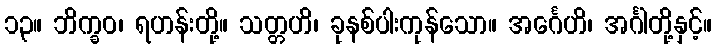
၁၃။ ဘိက္ခဝ၊ ရဟန်းတို့။ သတ္တဟိ၊ ခုနစ်ပါးကုန်သော။ အင်္ဂေဟိ၊ အင်္ဂါတို့နှင့်။